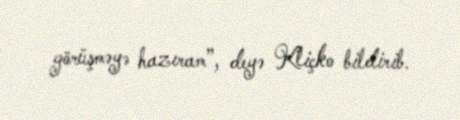
görüşməyə hazıram”, deyə Kliçko bildirib.